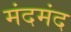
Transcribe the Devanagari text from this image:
मंदमंद